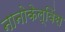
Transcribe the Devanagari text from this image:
नानोकेल्विंस